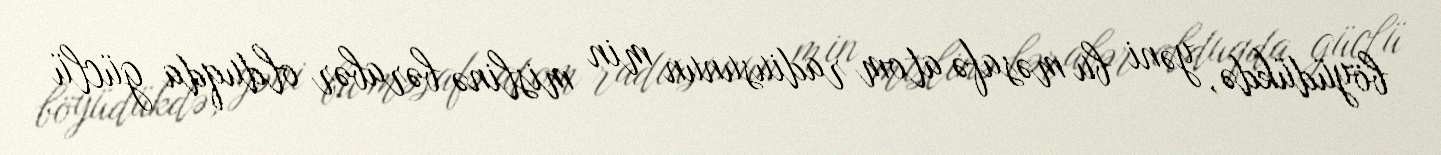
böyüdükdə, yəni bu məsafə atom radiusunun min mislinə bərabər olduqda güclü